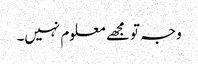
وجہ تو مجھے معلوم نہیں۔